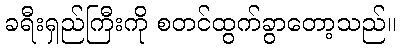
ခရီးရှည်ကြီးကို စတင်ထွက်ခွာတော့သည်။